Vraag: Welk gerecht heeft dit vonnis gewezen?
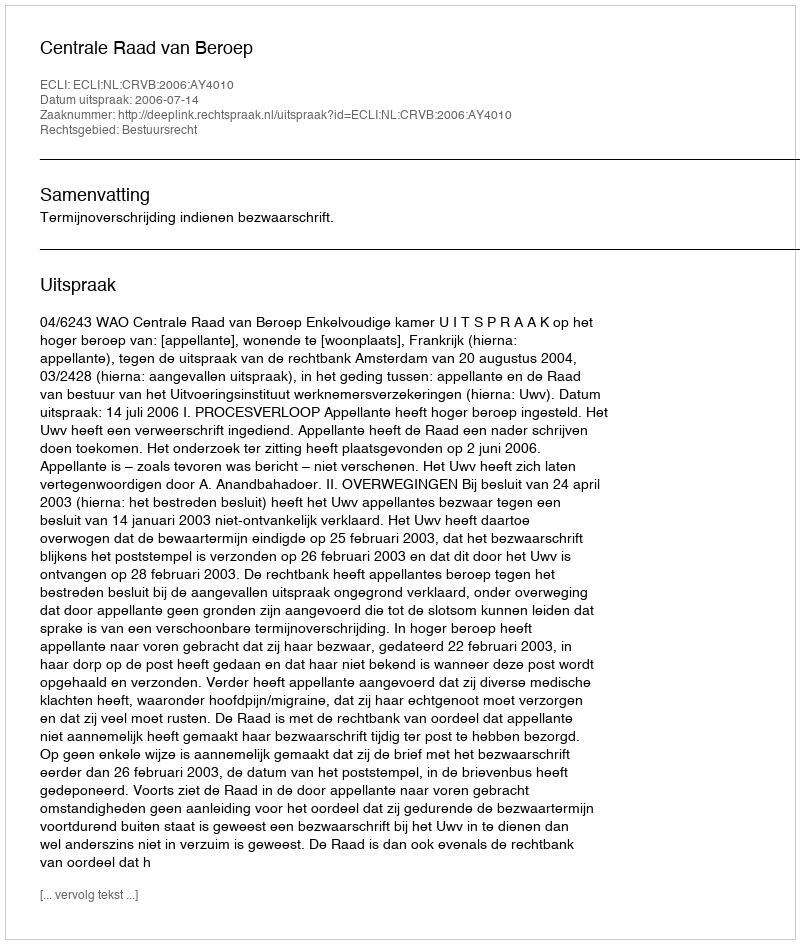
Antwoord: Centrale Raad van Beroep